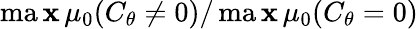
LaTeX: \operatorname*{ma\mathbf{x}}\mu_{0}(C_{\theta}\neq0)/\operatorname*{ma\mathbf{x}}\mu_{0}(C_{\theta}=0)